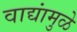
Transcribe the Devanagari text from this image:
वाद्यांमुळे